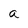
Character: a